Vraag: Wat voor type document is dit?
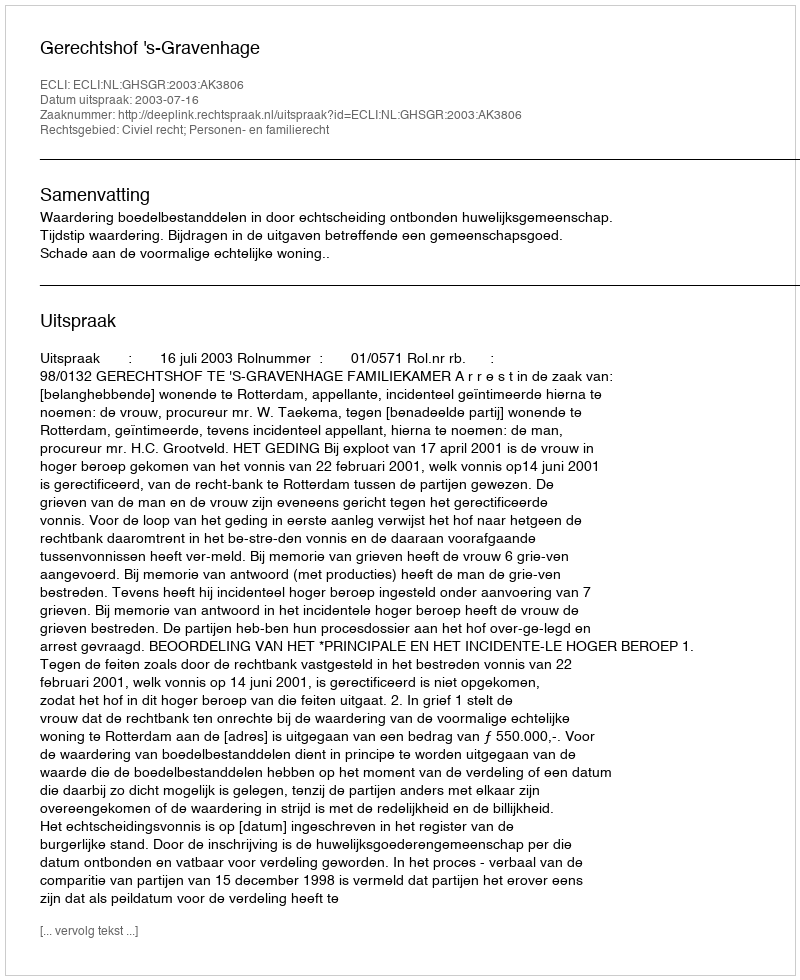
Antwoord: Uitspraak